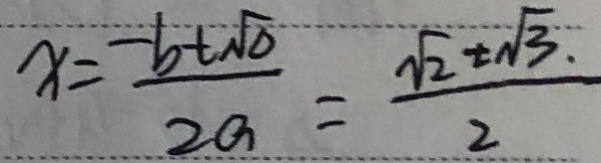
x = \frac { - b \pm \sqrt { b } } { 2 a } = \frac { \sqrt { 2 } \pm \sqrt { 3 . } } { 2 }